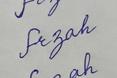
Signature authenticity: forged